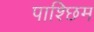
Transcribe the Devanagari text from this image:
पाश्छिम